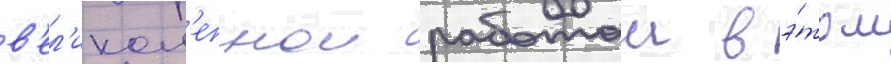
в'ел'икол'епнои работои в э́том